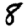
Digit: 8